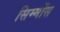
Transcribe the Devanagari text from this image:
सिम्मोंस